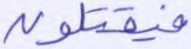
فيقتلون